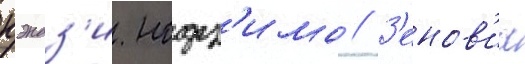
кэндз'и нодз'има // З'енов'иа